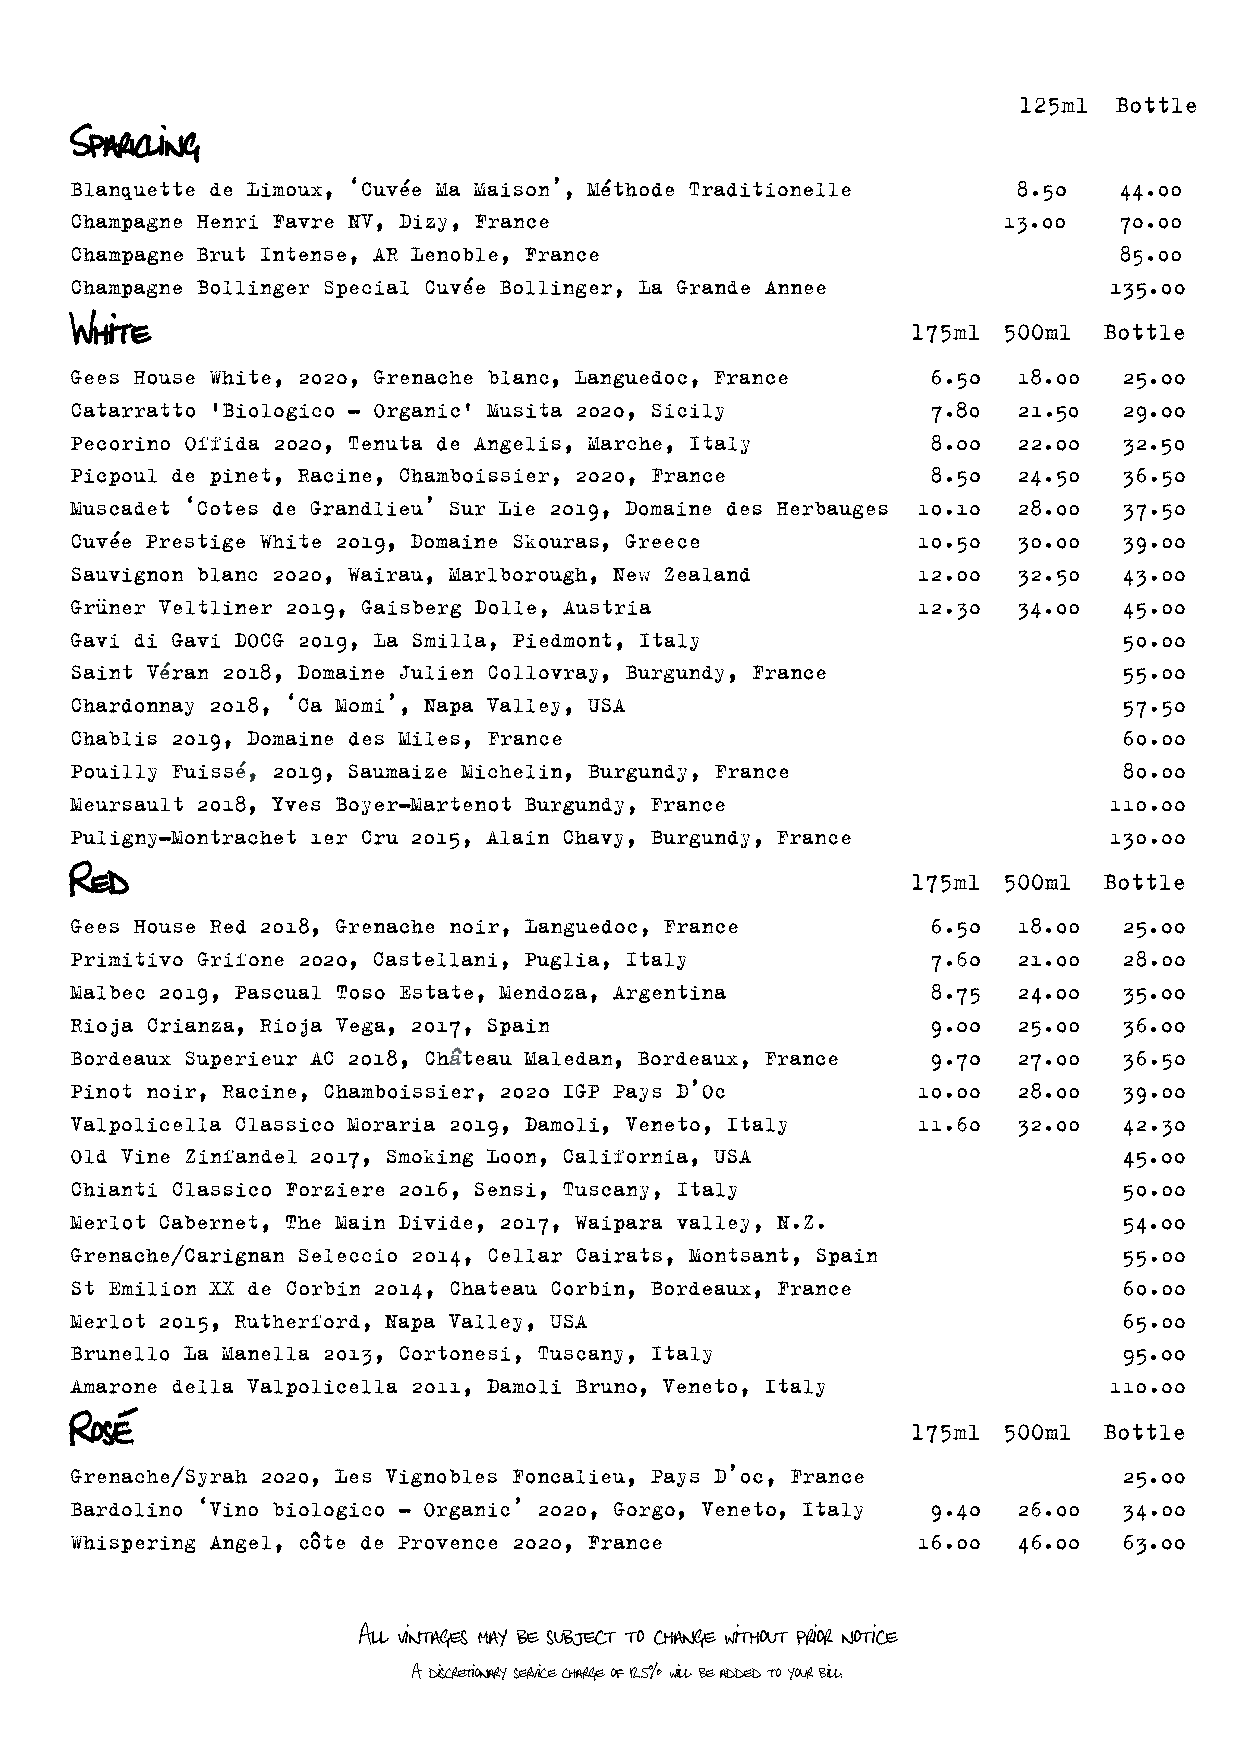
Sparkling
 White
 Red
 Rosé
 All vintages may be subject to change without prior notice
 A discretionary service charge of 12.5% will be added to your bill.